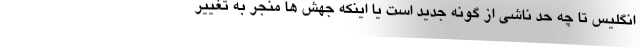
انگلیس تا چه حد ناشی از گونه جدید است یا اینکه جهش ها منجر به تغییر